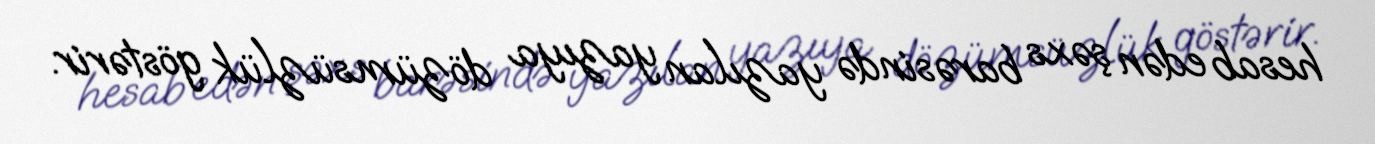
hesab edən şəxs barəsində yazılan yazıya dözümsüzlük göstərir.